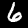
Label: 6